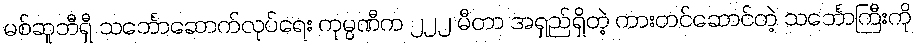
မစ်ဆူဘီရှီ သင်္ဘောဆောက်လုပ်ရေး ကုမ္ပဏီက ၂၂၂ မီတာ အရှည်ရှိတဲ့ ကားတင်ဆောင်တဲ့ သင်္ဘောကြီးကို